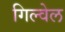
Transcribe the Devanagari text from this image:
गिल्वेल